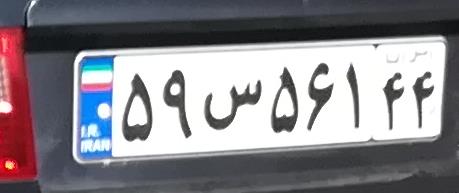
۵۹س۵۶۱۴۴